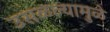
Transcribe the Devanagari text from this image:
उसळल्यामुळे